Scottish Leaving Certificate Examination, 1958
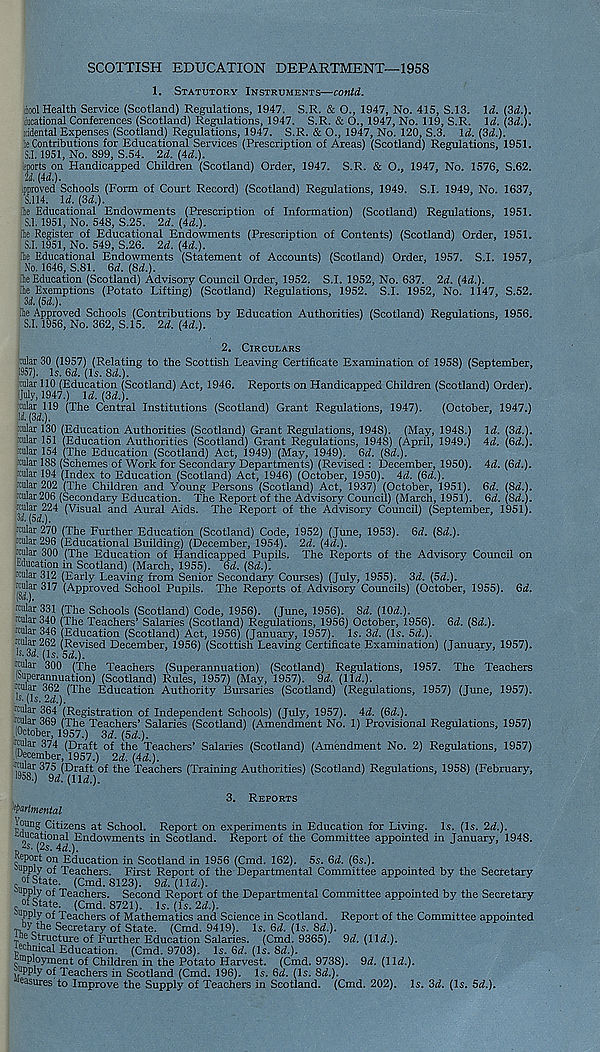
SCOTTISH EDUCATION DEPARTMENT—1958
1. Statutory Instruments—contd.
diool Health Service (Scotland) Regulations, 1947. S.R. & O., 1947, No. 415, S.13. Id. (3d.).
iucational Conferences (Scotland) Regulations, 1947. S.R. & O., 1947, No. 119, S.R. Id. (3d.).
icidental Expenses (Scotland) Regulations, 1947. S.R. & O., 1947, No. 120, S.3. Id. (3d.).
^Contributions for Educational Services (Prescription of Areas) (Scotland) Regulations, 1951.
S.1.1951, No. 899, S.54. 2d. (Ad.).
eports on Handicapped Children (Scotland) Order, 1947. S.R. & O., 1947, No. 1576, S.62.
2d. (Ad.).
ipproved Schools (Form of Court Record) (Scotland) Regulations, 1949. S.I. 1949, No. 1637,
S.114. Id. (3d.).
fhe Educational Endowments (Prescription of Information) (Scotland) Regulations, 1951.
5.1. 1951, No. 548, S.25. 2d. (Ad.).
[he Register of Educational Endowments (Prescription of Contents) (Scotland) Order, 1951.
5.1. 1951, No. 549, S.26. 2d. (Ad.).
[he Educational Endowments (Statement of Accounts) (Scotland) Order. 1957. S.I. 1957,
No. 1646, S.81. 6d. (8d.).
[he Education (Scotland) Advisory Council Order, 1952. S.I. 1952, No. 637. 2d. (Ad.).
[he Exemptions (Potato Lifting) (Scotland) Regulations, 1952. S.I. 1952, No. 1147, S.52.
3d, (5d.).
[he Approved Schools (Contributions by Education Authorities) (Scotland) Regulations, 1956.
S.I. 1956, No. 362, S.15. 2d. (Ad.).
2. Circulars
cular 30 (1957) (Relating to the Scottish Leaving Certificate Examination of 1958) (September,
1957). Is. 6d. (Is. 8d.).
s \ ¥
cular 110 (Education (Scotland) Act, 1946. Reports on Handicapped Children (Scotland) Order).
(July, 1947.) Id. (3d.).
cular 119 (The Central Institutions (Scotland) Grant Regulations, 1947). (October, 1947.)
\d. (3d.).
:cular 130 (Education Authorities (Scotland) Grant Regulations, 1948). (May, 1948.) Id. (3d.).
rcular 151 (Education Authorities (Scotland) Grant Regulations, 1948) (April, 1949.) Ad. (6d.).
xular 154 (The Education (Scotland) Act, 1949) (May, 1949). 6d. (8d.).
.cular 188 (Schemes of Work for Secondary Departments) (Revised : December, 1950). Ad. (6d.).
:cular 194 (Index to Education (Scotland) Act, 1946) (October, 1950). Ad. (6d.).
:cular 202 (The Children and Young Persons (Scotland) Act, 1937) (October, 1951). 6d. (8d.).
xular 206 (Secondary Education. The Report of the Advisory Council) (March, 1951). 6^. (8d.).
rcular 224 (Visual and Aural Aids. The Report of the Advisory Council) (September, 1951).
M.(5d.).
rcular 270 (The Further Education (Scotland) Code, 1952) (June, 1953). 6d. (8d.).
rcular 296 (Educational Building) (December, 1954). 2d. (Ad.).
rcular 300 (The Education of Handicapped Pupils. The Reports of the Advisory Council on
Education in Scotland) (March, 1955). 8d. (8d.).
rcular 312 (Early Leaving from Senior Secondary Courses) (July, 1955). 3d. (5d.).
rcular 317 (Approved School Pupils. The Reports of. Advisory Councils) (October, 1955). Qd.
(M.).
rcular 331 (The Schools (Scotland) Code, 1956). (June, 1956). 8^. (10d.).
rcular 340 (The Teachers’ Salaries (Scotland) Regulations, 1956) October, 1956). 6d. (8d.).
rcular 346 (Education (Scotland) Act, 1956) (January, 1957). Is. 3d. (Is. 5d.).
rcular 262 (Revised December, 1956) (Scottish Leaving Certificate Examination) (January, 1957).
Js. 3d. (is. 5a!.).
rcular 300 (The Teachers (Superannuation) (Scotland) Regulations, 1957. The Teachers
JEuperannuation) (Scotland) Rules, 1957) (May, 1957). 9d. (lid.).
-cular 362 (The Education Authority Bursaries (Scotland) (Regulations, 1957) (June, 1957).
*$• (Is. 2d.).
rcular 364 (Registration of Independent Schools) (July, 1957). Ad. (Qd.).
rcular 369 (The Teachers’ Salaries (Scotland) (Amendment No. 1) Provisional Regulations, 1957)
.(October, 1957.) 3d. (3d.).
rcular 374 (Draft of the Teachers’ Salaries (Scotland) (Amendment No. 2) Regulations, 1957)
(December, 1957.) 2d. (Ad.).
(Draft of the Teachers (Training Authorities) (Scotland) Regulations, 1958) (February,
,958 0 9d.(lld.).
3. Reports
Wrtmental
p 5 UI1 £ Citizens at School. Report on experiments in Education for Living. Is. (Is. 2d.).
Educational Endowments in Scotland. Report of the Committee appointed in January, 1948.
es-(2s. 4d.).
eport on Education in Scotland in 1956 (Cmd. 162). 5s. Qd. (Qs.).
supply of Teachers. First Report of the Departmental Committee appointed by the Secretary
oi State. (Cmd. 8123). 9^. (11^.).
u PPjy of Teachers. Second Report of the Departmental Committee appointed by the Secretary
of State. (Cmd. 8721). Is. (Is. 2d.).
dpply of Teachers of Mathematics and Science in Scotland. Report of the Committee appointed
oy the Secretary of State. (Cmd. 9419). Is. Qd. (Is. 8d.).
de Structure of Further Education Salaries. (Cmd. 9365). 9d. (lid.),
jechmcal Education. (Cmd. 9703). Is. Qd. (Is. 8d.).
employment of Children in the Potato Harvest. (Cmd. 9738). 9d. (11^.).
uppiy 0 f Teachers in Scotland (Cmd. 196). Is. Qd. (Is. 8d.).
easures to Improve the Supply of Teachers in Scotland. (Cmd. 202). Is. 3d. (Is. 5<1).